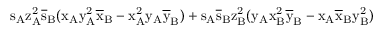
\mathrm { s _ { A } \mathrm { z _ { A } ^ { 2 } \mathrm { \overline { { s } } _ { B } ( \mathrm { x _ { A } \mathrm { y _ { A } ^ { 2 } \mathrm { \overline { { x } } _ { B } - \mathrm { x _ { A } ^ { 2 } \mathrm { y _ { A } \mathrm { \overline { { y } } _ { B } ) + \mathrm { s _ { A } \mathrm { \overline { { s } } _ { B } \mathrm { z _ { B } ^ { 2 } ( \mathrm { y _ { A } \mathrm { x _ { B } ^ { 2 } \mathrm { \overline { { y } } _ { B } - \mathrm { x _ { A } \mathrm { \overline { { x } } _ { B } \mathrm { y _ { B } ^ { 2 } ) } } } } } } } } } } } } } } } } } }